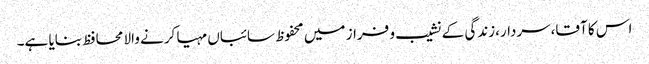
اس کا آقا،سردار،زندگی کے نشیب و فراز میں محفوظ سائباں مہیا کرنے والا محافظ بنایا ہے۔